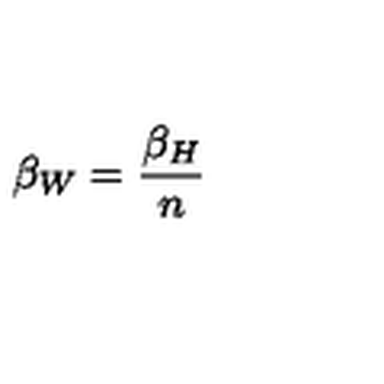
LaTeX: \beta _ { W } = \frac { \beta _ { H } } { n }